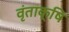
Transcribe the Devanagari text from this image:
वृंताक्षि